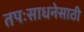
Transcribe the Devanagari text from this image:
तपःसाधनेसाठी